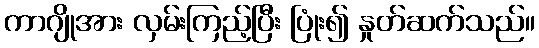
ကာဂျိုအား လှမ်းကြည့်ပြီး ပြုံး၍ နှုတ်ဆက်သည်။